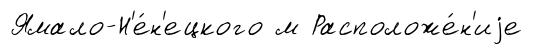
Ямало-Н'е́н'ецкого м Расположе́н'иjе